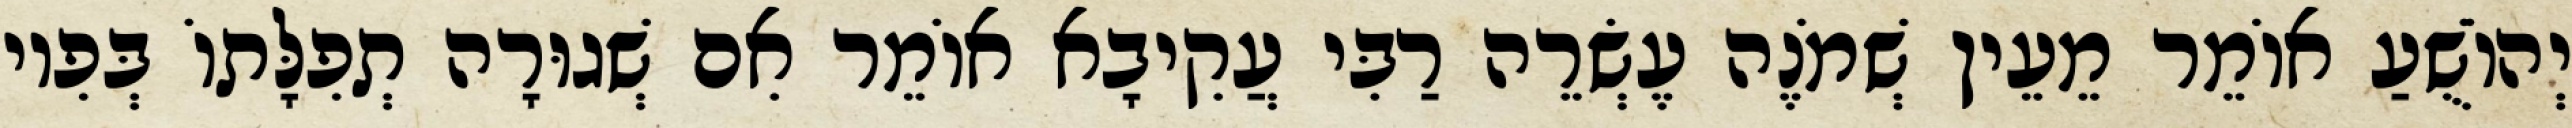
יְהוֹשֻׁעַ אוֹמֵר מֵעֵין שְׁמֹנֶה עֶשְׂרֵה רַבִּי עֲקִיבָא אוֹמֵר אִם שְׁגוּרָה תְפִלָּתוֹ בְּפִיו